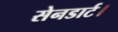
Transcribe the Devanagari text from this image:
सेनडार्ट।